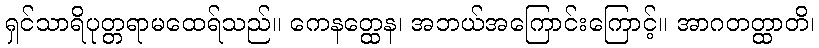
ရှင်သာရိပုတ္တရာမထေရ်သည်။ ကေနတ္ထေန၊ အဘယ်အကြောင်းကြောင့်။ အာဂတတ္ထာတိ၊